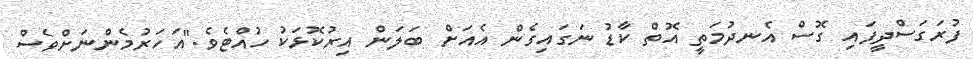
ފުރަގަސްދީފައި ގޮސް އެނދުމަތީ އޮތް ކާޑު ނަގައިގެން އެއަށް ބަލަން އިރުކޮޅަކު ހުއްޓެވެ."އަހަރުމެންނަށްވެސް